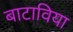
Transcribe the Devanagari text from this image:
बाटाविया